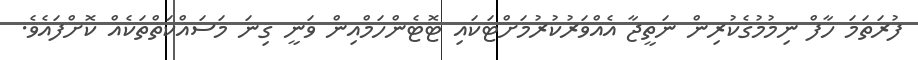
ފުރަތަމަ ހާފް ނިމުމުގެކުރިން ނަތީޖާ އެއްވަރުކުރުމަށްޓަކައި ޓޮޓެންހަމްއިން ވަނީ ގިނަ މަސައްކަތްތަކެއް ކޮށްފައެވެ.